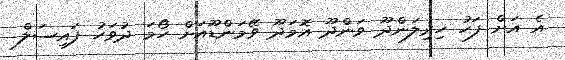
އެ އަށް ފަހު ހިރިލަންދޫ ވަންދޫ އޮމަދޫ ވޭމަންޑޫއަށް ހޯމަ ދުވަހު ފައިސަލް